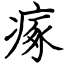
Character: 瘃